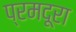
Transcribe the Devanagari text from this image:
प्रमदूरा